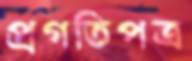
প্রগতিপত্র